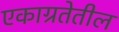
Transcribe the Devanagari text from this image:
एकाग्रतेतील